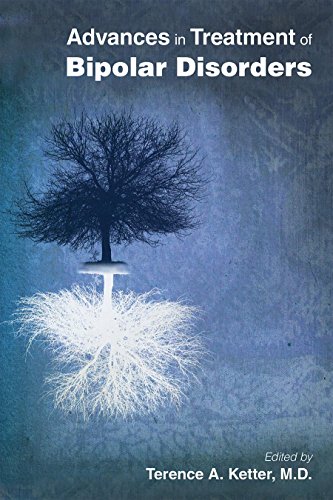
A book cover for Advances in Treatment of Bipolar Disorders; Terence A.; Health, Fitness & Dieting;